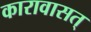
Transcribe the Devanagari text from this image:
कारावासत्